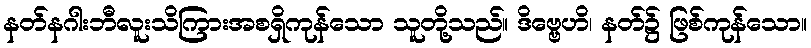
နတ်နဂါးဘီလူးသိကြားအစရှိကုန်သော သူတို့သည်။ ဒိဗ္ဗေဟိ၊ နတ်၌ ဖြစ်ကုန်သော။